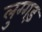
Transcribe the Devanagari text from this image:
लुग्गड़